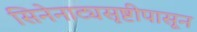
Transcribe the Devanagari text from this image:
सिनेनाट्यसृष्टीपासून